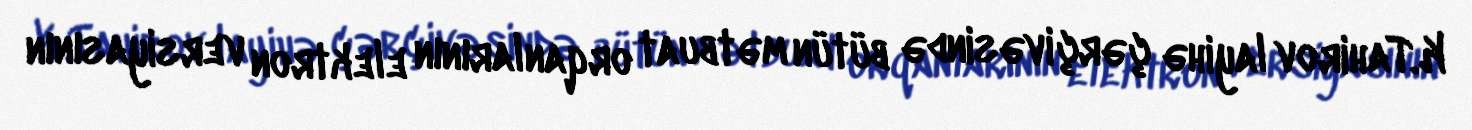
K.Tahirov layihə çərçivəsində bütün mətbuat orqanlarının elektron versiyasının